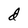
Character: d